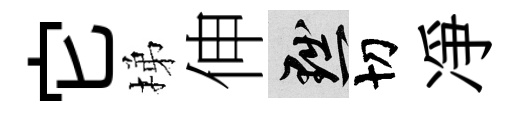
它梯伸黜切凈